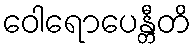
ဝေါရောပေန္တီတိ